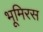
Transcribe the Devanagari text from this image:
भूमिरस